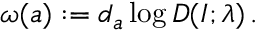
\omega ( a ) : = d _ { a } \log D ( I ; \lambda ) \, .